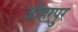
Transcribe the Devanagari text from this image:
जौहरपुर